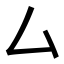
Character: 厶